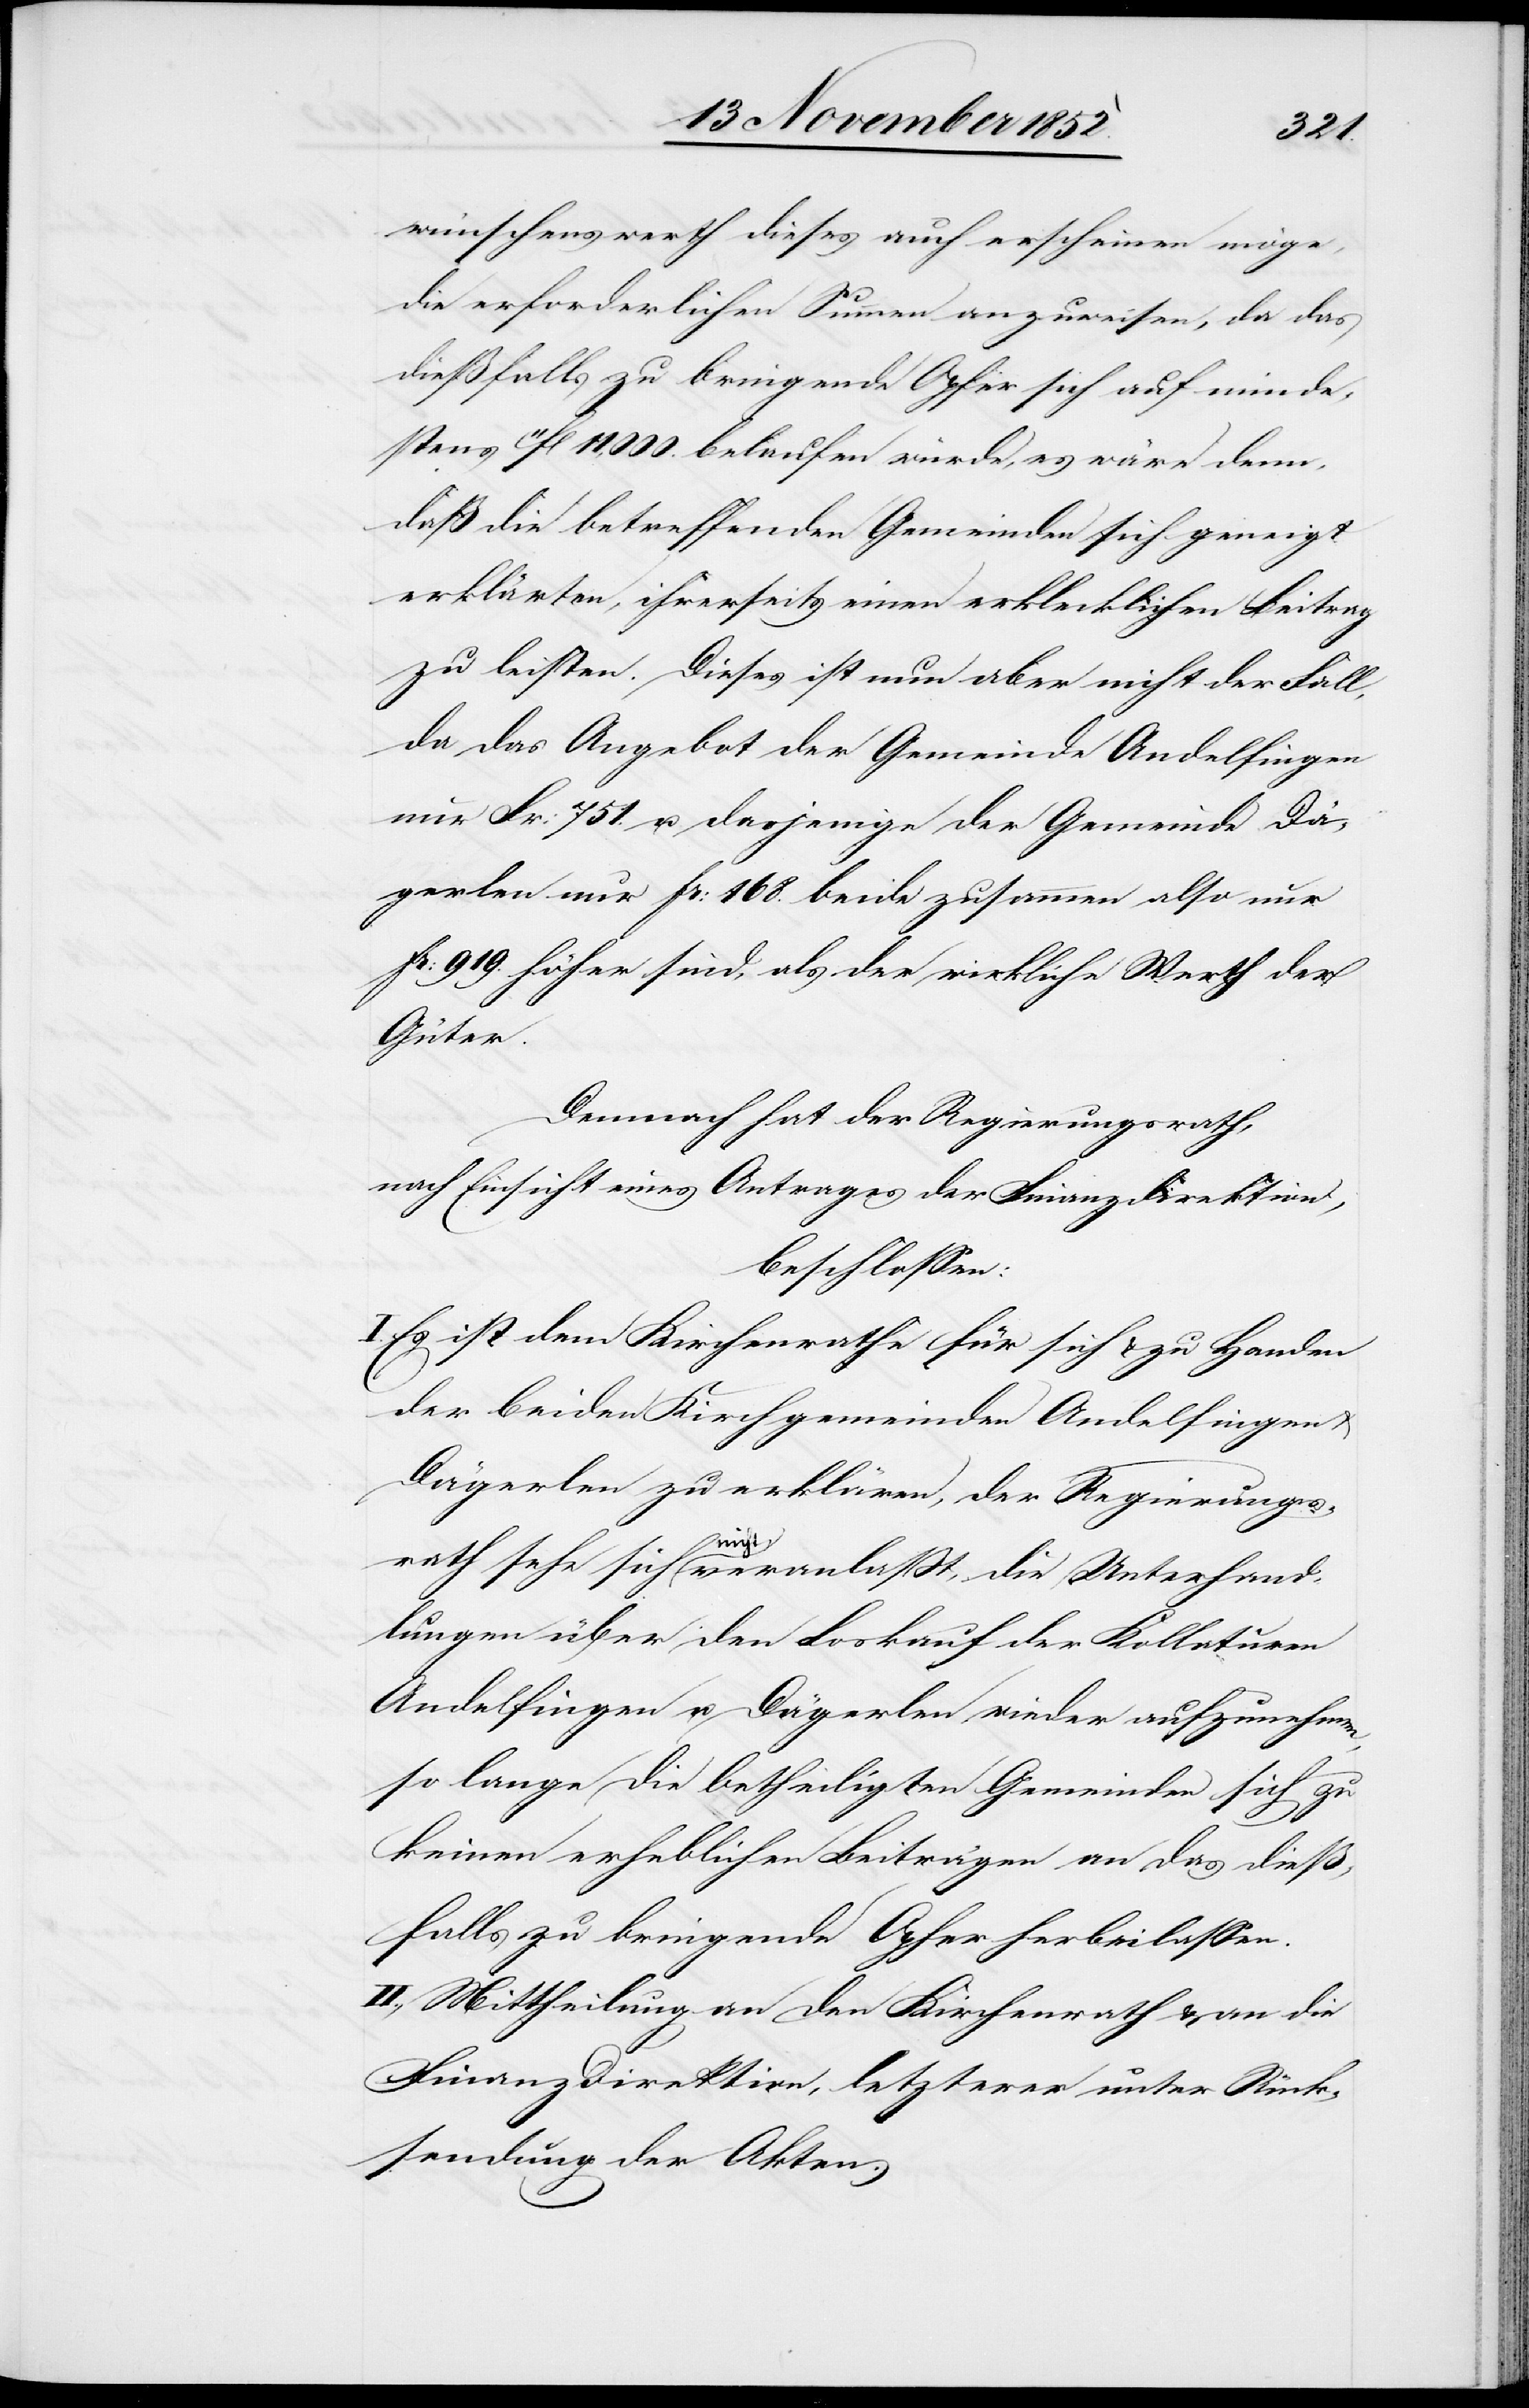
wünschenswerth dieses auch erscheinen möge,
die erforderlichen Summen anzuweisen, da das
dießfalls zu bringende Opfer sich auf minde¬
stens 11fl 11,000. belaufen würde, es wäre denn,
daß die betreffenden Gemeinden sich geneigt
erklärten, ihrerseits einen erklecklichen Beitrag
zu leisten. Dieses ist nun aber nicht der Fall,
da das Angebot der Gemeinde Andelfingen
nur Fr: 751. u. dasjenige der Gemeinde Dä¬
gerlen nur Fr: 168. beide zusammen also nur
Fr: 919. höher sind, als der wirkliche Werth der
Güter.
Demnach hat der Regierungsrath,
nach Einsicht eines Antrages der Finanzdirektion,
beschlossen:
Es ist dem Kirchenrathe für sich & zu Handen
der beiden Kirchgemeinden Andelfingen
Dägerlen zu erklären, der Regierungs¬
rath sehe sich nicht veranlaßt, die Unterhand¬
lungen über den Loskauf der Kollaturen
Andelfingen u. Dägerlen wieder aufzunehmen,
so lange die betheiligten Gemeinden sich zu
keinen erheblichen Beiträgen an das dieß¬
falls zu bringende Opfer herbeilassen.
II., Mittheilung an den Kirchenrath & an die
Finanzdirektion, letzterer unter Rück¬
sendung der Akten.